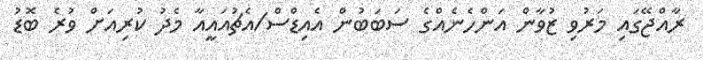
ރާއްޖޭގައި މަރުވި ޒުވާން އަންހެނެއްގެ ސަބަބުން އެއިޑްސް/އެޗުއައީއާ މެދު ކުރިއަށް ވުރެ ބޮޑު